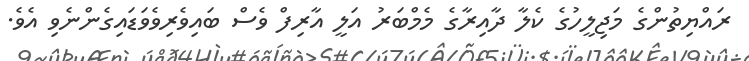
ރައްޔިތުންގެ މަޖިލީހުގެ ކެލާ ދާއިރާގެ މެމްބަރު އަލީ އާރިފް ވެސް ބައިވެރިވެވަޑައިގެންނެވި އެވެ.